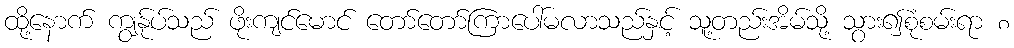
ထို့နောက် ကျွန်ုပ်သည် ဖိုးကျင်မောင် တော်တော်ကြာပေါ်မလာသည်နှင့် သူ့တည်းအိမ်သို့ သွား၍စုံစမ်းရာ ၈